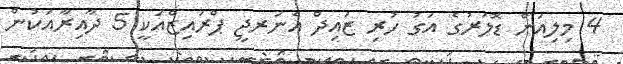
4 މިލިއަން ޑޮލަރުގެ އަގު ހުރި ޒައިދް އެނަރޖީ ޕްރައިޒްއަކީ 5 ދާއިރާއަކުން